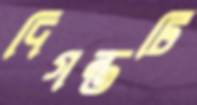
দিগন্তটি